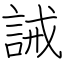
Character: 誡